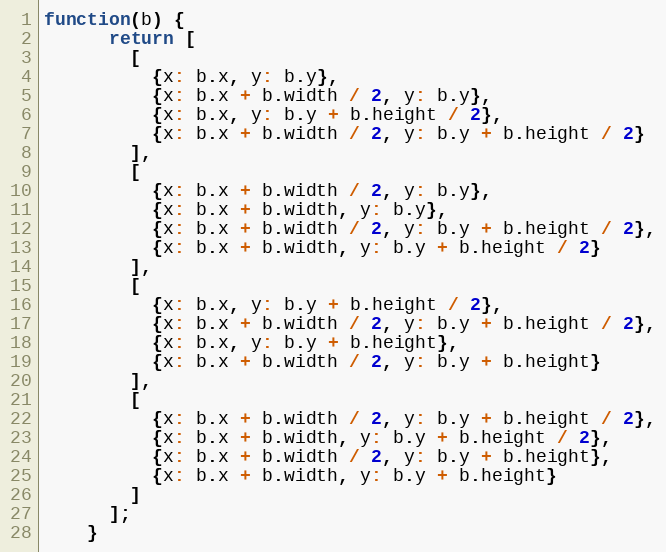
Language: JavaScript
function(b) {
      return [
        [
          {x: b.x, y: b.y},
          {x: b.x + b.width / 2, y: b.y},
          {x: b.x, y: b.y + b.height / 2},
          {x: b.x + b.width / 2, y: b.y + b.height / 2}
        ],
        [
          {x: b.x + b.width / 2, y: b.y},
          {x: b.x + b.width, y: b.y},
          {x: b.x + b.width / 2, y: b.y + b.height / 2},
          {x: b.x + b.width, y: b.y + b.height / 2}
        ],
        [
          {x: b.x, y: b.y + b.height / 2},
          {x: b.x + b.width / 2, y: b.y + b.height / 2},
          {x: b.x, y: b.y + b.height},
          {x: b.x + b.width / 2, y: b.y + b.height}
        ],
        [
          {x: b.x + b.width / 2, y: b.y + b.height / 2},
          {x: b.x + b.width, y: b.y + b.height / 2},
          {x: b.x + b.width / 2, y: b.y + b.height},
          {x: b.x + b.width, y: b.y + b.height}
        ]
      ];
    }